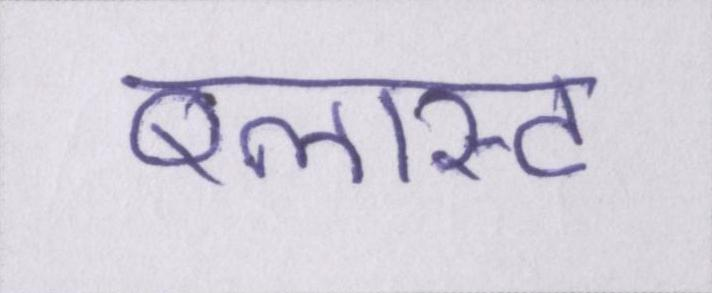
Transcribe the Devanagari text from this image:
ब्लास्ट